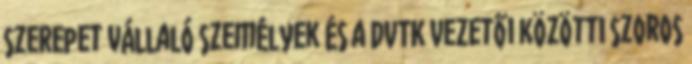
szerepet vállaló személyek és a DVTK vezetői közötti szoros